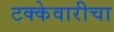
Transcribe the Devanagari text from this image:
टक्केवारीचा